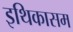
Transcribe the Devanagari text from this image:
इथिकासम